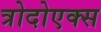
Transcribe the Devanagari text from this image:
त्रोदोएक्स